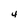
Character: 4